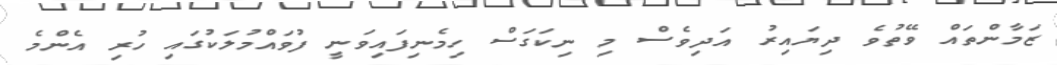
ޒަމާންތައް ވޭތުވެ ދިޔައިރު އަދިވެސް މި ނިކަގަސް ހިމެނިފައިވަނީ ފުވައްމުލަކުގައި ހުރި އެންމެ